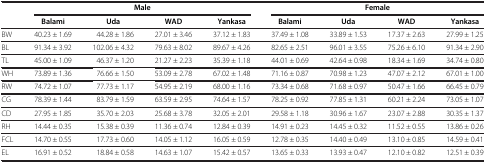
<table><thead><tr><td><b> </b></td><td colspan="4"><b>Male</b></td><td colspan="4"><b>Female</b></td></tr><tr><td><b> </b></td><td><b>Balami</b></td><td><b>Uda</b></td><td><b>WAD</b></td><td><b>Yankasa</b></td><td><b>Balami</b></td><td><b>Uda</b></td><td><b>WAD</b></td><td><b>Yankasa</b></td></tr></thead><tbody><tr><td>BW</td><td>40.23 ± 1.69</td><td>44.28 ± 1.86</td><td>27.01 ± 3.46</td><td>37.12 ± 1.83</td><td>37.49 ± 1.08</td><td>33.89 ± 1.53</td><td>17.37 ± 2.63</td><td>27.99 ± 1.25</td></tr><tr><td>BL</td><td>91.34 ± 3.92</td><td>102.06 ± 4.32</td><td>79.63 ± 8.02</td><td>89.67 ± 4.26</td><td>82.65 ± 2.51</td><td>96.01 ± 3.55</td><td>75.26 ± 6.10</td><td>91.34 ± 2.90</td></tr><tr><td>TL</td><td>45.00 ± 1.09</td><td>46.37 ± 1.20</td><td>21.27 ± 2.23</td><td>35.39 ± 1.18</td><td>44.01 ± 0.69</td><td>42.64 ± 0.98</td><td>18.34 ± 1.69</td><td>34.74 ± 0.80</td></tr><tr><td>WH</td><td>73.89 ± 1.36</td><td>76.66 ± 1.50</td><td>53.09 ± 2.78</td><td>67.02 ± 1.48</td><td>71.16 ± 0.87</td><td>70.98 ± 1.23</td><td>47.07 ± 2.12</td><td>67.01 ± 1.00</td></tr><tr><td>RW</td><td>74.72 ± 1.07</td><td>77.73 ± 1.17</td><td>54.95 ± 2.19</td><td>68.00 ± 1.16</td><td>73.34 ± 0.68</td><td>71.68 ± 0.97</td><td>50.47 ± 1.66</td><td>66.45 ± 0.79</td></tr><tr><td>CG</td><td>78.39 ± 1.44</td><td>83.79 ± 1.59</td><td>63.59 ± 2.95</td><td>74.64 ± 1.57</td><td>78.25 ± 0.92</td><td>77.85 ± 1.31</td><td>60.21 ± 2.24</td><td>73.05 ± 1.07</td></tr><tr><td>CD</td><td>27.95 ± 1.85</td><td>35.70 ± 2.03</td><td>25.68 ± 3.78</td><td>32.05 ± 2.01</td><td>29.58 ± 1.18</td><td>30.96 ± 1.67</td><td>23.07 ± 2.88</td><td>30.35 ± 1.37</td></tr><tr><td>RH</td><td>14.44 ± 0.35</td><td>15.38 ± 0.39</td><td>11.36 ± 0.74</td><td>12.84 ± 0.39</td><td>14.91 ± 0.23</td><td>14.45 ± 0.32</td><td>11.52 ± 0.55</td><td>13.86 ± 0.26</td></tr><tr><td>FCL</td><td>14.70 ± 0.55</td><td>17.73 ± 0.60</td><td>14.05 ± 1.12</td><td>16.05 ± 0.59</td><td>12.78 ± 0.35</td><td>14.40 ± 0.49</td><td>13.10 ± 0.85</td><td>14.59 ± 0.41</td></tr><tr><td>EL</td><td>16.91 ± 0.52</td><td>18.84 ± 0.58</td><td>14.63 ± 1.07</td><td>15.42 ± 0.57</td><td>13.65 ± 0.33</td><td>13.93 ± 0.47</td><td>12.10 ± 0.82</td><td>12.51 ± 0.39</td></tr></tbody></table>